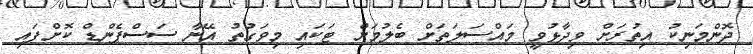
ދޮންމަނިކު އިތުރަށް ވިދާޅުވީ މައްސަލަތަށް ބެލުމަށް ޓަކައި މިވަގުތު އޭނާ ސަސްޕެންޑް ކޮށްފައި